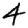
Digit: 4